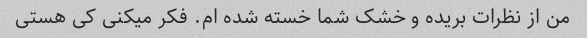
من از نظرات بریده و خشک شما خسته شده ام. فکر میکنی کی هستی